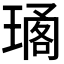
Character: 𤧱